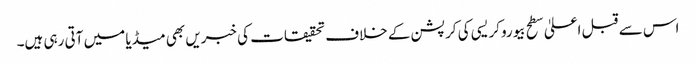
اس سے قبل اعلیٰ سطح بیوروکریسی کی کرپشن کے خلاف تحقیقات کی خبریں بھی میڈیا میں آتی رہی ہیں۔